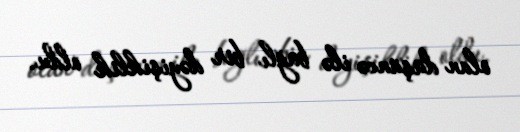
olan düşüncə ilə bağlı bir dəyişiklik oldu.